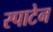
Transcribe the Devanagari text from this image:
स्पाटेन